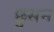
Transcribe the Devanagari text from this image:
छुसन